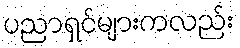
ပညာရှင်များကလည်း